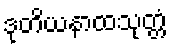
ဒုတိယနာထသုတ္တံ